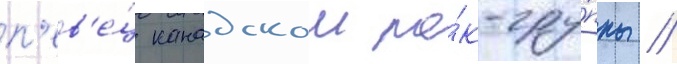
п'ев'е́ц канадскои ро́к-гру́ппы //